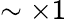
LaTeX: \sim\times 1